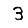
Digit: 3